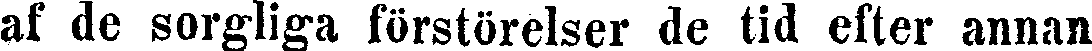
af de sorgliga förstörelser de tid efter annan